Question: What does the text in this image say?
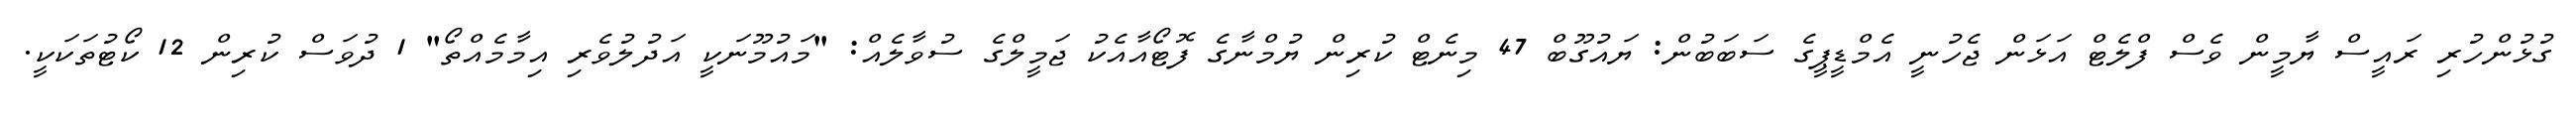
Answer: ގުޅުންހުރި ރައީސް ޔާމީން ވެސް ފްލެޓް އަޅަން ޖެހުނީ އެމްޑީޕީގެ ސަބަބުން: ޔައުގޫބް 47 މިނެޓް ކުރިން ޔުމްނާގެ ފޮޓޯއާއެކު ޖަމީލްގެ ސުވާލެއް: "މައުމޫނަކީ އަދުލުވެރި އިމާމެއްތޯ" 1 ދުވަސް ކުރިން 12 ކޯޓުތަކަކީ.